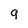
Character: g